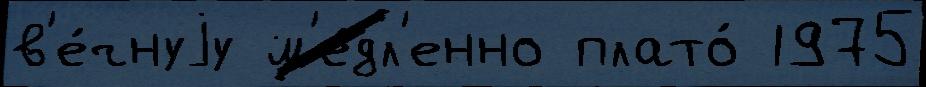
в'е́чнуjу м'е́дл'енно плато́ 1975